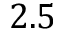
2 . 5